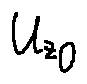
u _ { z _ { o } }